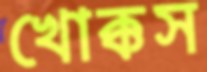
খোক্কস